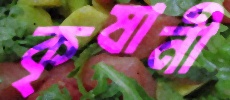
কৃষানী